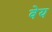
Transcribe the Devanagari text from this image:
वेय